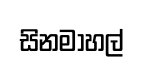
සිනමාහල්